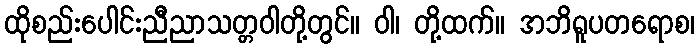
ထိုစည်းပေါင်းညီညာသတ္တဝါတို့တွင်။ ဝါ၊ တို့ထက်။ အဘိရူပတရောစ၊